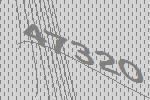
47320